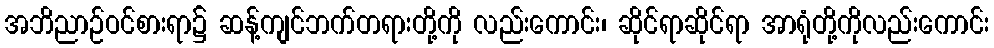
အဘိညာဉ်ဝင်စားရာ၌ ဆန့်ကျင်ဘက်တရားတို့ကို လည်းကောင်း၊ ဆိုင်ရာဆိုင်ရာ အာရုံတို့ကိုလည်းကောင်း